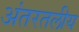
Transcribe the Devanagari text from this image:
अंतरतलीय